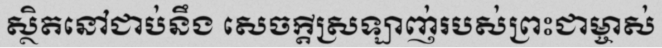
ស្ថិតនៅជាប់នឹង សេចក្តីស្រឡាញ់របស់ព្រះជាម្ចាស់